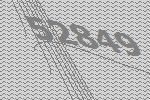
52849